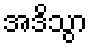
အဒိသွာ